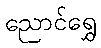
ညောင်ရွှေ